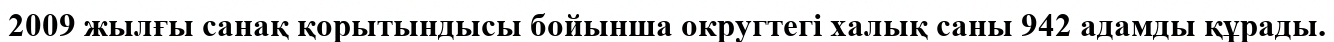
2009 жылғы санақ қорытындысы бойынша округтегі халық саны 942 адамды құрады.